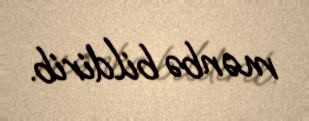
mənbə bildirib.